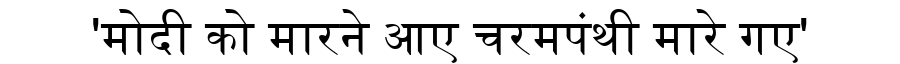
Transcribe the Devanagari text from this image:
'मोदी को मारने आए चरमपंथी मारे गए'